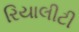
રિયાલીટી